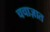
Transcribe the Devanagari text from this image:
चचाज़ात